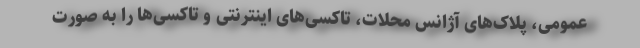
عمومی، پلاک‌های آژانس محلات، تاکسی‌های اینترنتی و تاکسی‌ها را به صورت